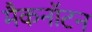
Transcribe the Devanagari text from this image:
मैकनॉटन